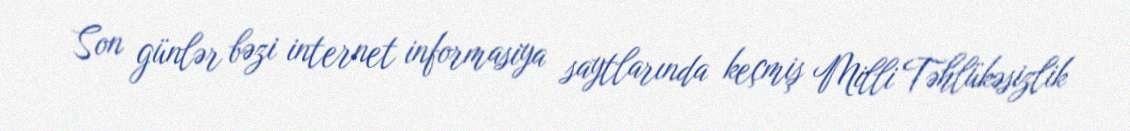
Son günlər bəzi internet informasiya saytlarında keçmiş Milli Təhlükəsizlik